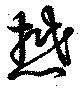
懋